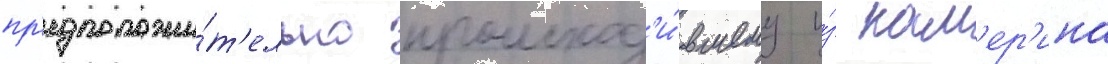
пр'едположи́т'ельно происход'и́вшему и́з кам'ер'ина